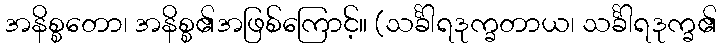
အနိစ္စတော၊ အနိစ္စ၏အဖြစ်ကြောင့်။ (သင်္ခါရဒုက္ခတာယ၊ သင်္ခါရဒုက္ခ၏